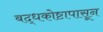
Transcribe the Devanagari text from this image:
बद्धकोष्टापासून